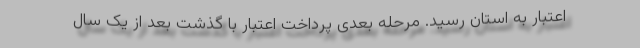
اعتبار به استان رسید. مرحله بعدی پرداخت اعتبار با گذشت بعد از یک سال